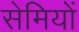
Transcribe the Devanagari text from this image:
सेमियों